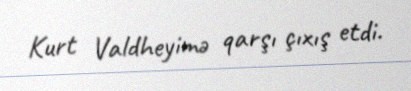
Kurt Valdheyimə qarşı çıxış etdi.